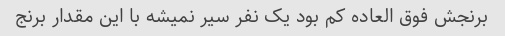
برنجش فوق العاده کم بود یک نفر سیر نمیشه با این مقدار برنج